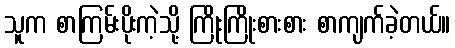
သူက စာကြမ်းပိုးကဲ့သို့ ကြိုးကြိုးစားစား စာကျက်ခဲ့တယ်။